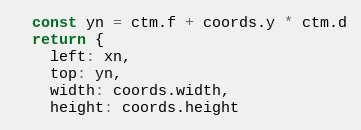
Language: JavaScript
  const yn = ctm.f + coords.y * ctm.d
  return {
    left: xn,
    top: yn,
    width: coords.width,
    height: coords.height